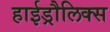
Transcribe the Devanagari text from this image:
हाईड्रौलिक्स